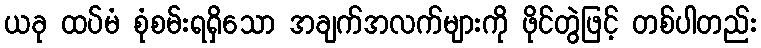
ယခု ထပ်မံ စုံစမ်းရရှိသော အချက်အလက်များကို ဖိုင်တွဲဖြင့် တစ်ပါတည်း